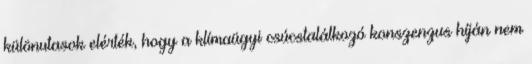
különutasok elérték, hogy a klímaügyi csúcstalálkozó konszenzus híján nem